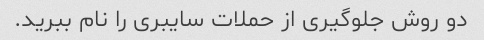
دو روش جلوگیری از حملات سایبری را نام ببرید.